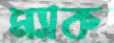
ম্যাক